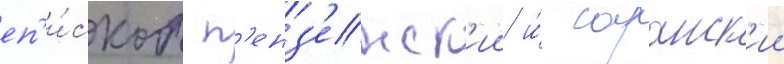
еп'и́скоп п'енз'енск'ии и́ саранск'ии